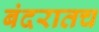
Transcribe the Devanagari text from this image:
बंदरातच